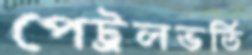
পেট্রলভর্তি